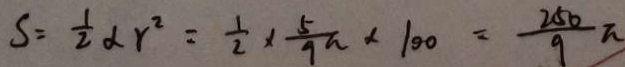
S = \frac { 1 } { 2 } a r ^ { 2 } = \frac { 1 } { 2 } \times \frac { 5 } { 9 a } \times 1 0 0 = \frac { 2 5 0 } { 9 } \pi